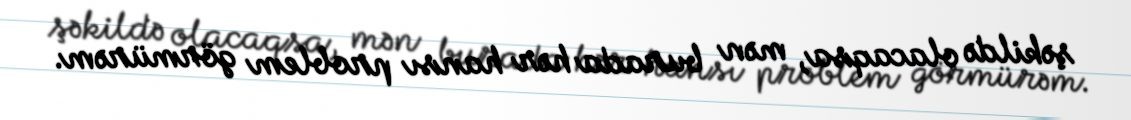
şəkildə olacaqsa, mən burada hər hansı problem görmürəm.